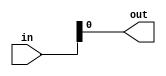
module TC_IndexerBit (in, out);
    parameter UUID = 0;
    parameter NAME = "";
    parameter INDEX = 0;
    input [63:0] in;
    output out;
    
    assign out = in[INDEX];
endmodule